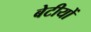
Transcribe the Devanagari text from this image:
बेटीयों